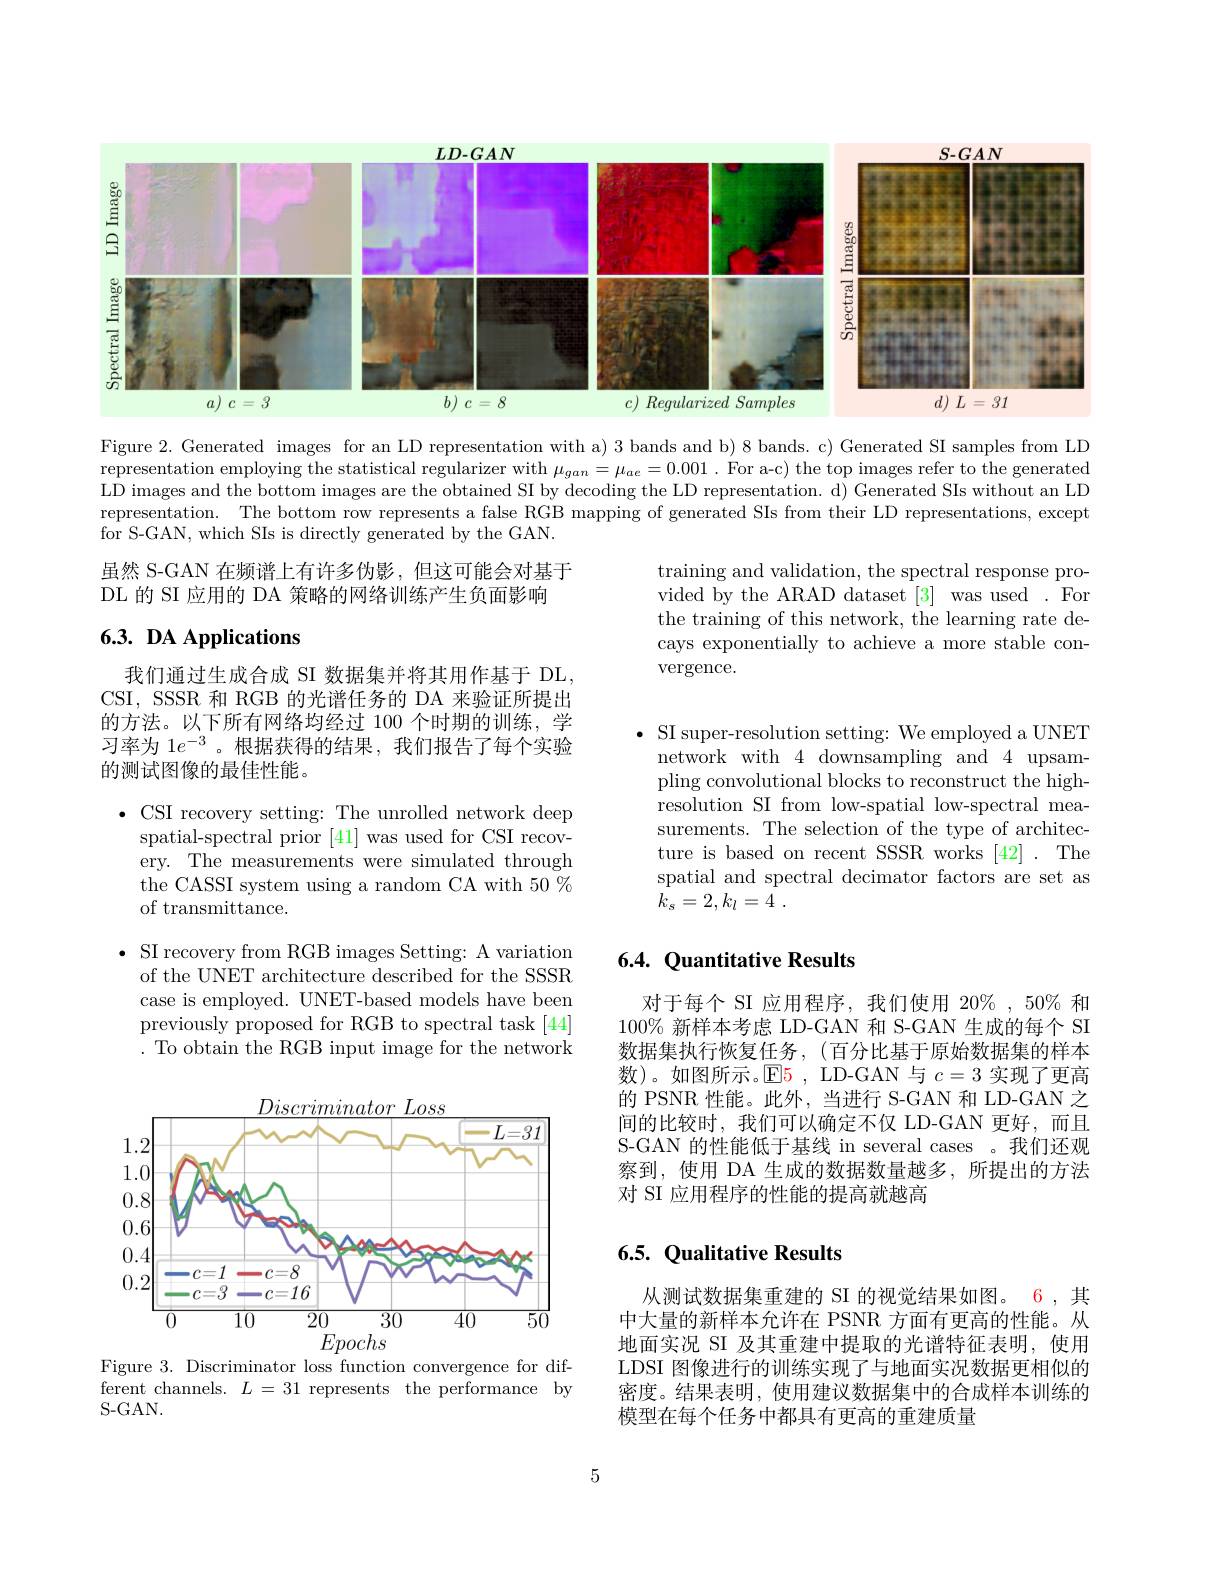
<FigureHere>

Figure 2. Generated images for an LD representation with a) 3 bands and b) 8 bands. c) Generated SI samples from LD representation employing the statistical regularizer with $\mu_{gan}=\mu_{ae}=0.001.$ For a-c) the top images refer to the generated LD images and the bottom images are the obtained SI by decoding the LD representation. d) Generated SIs without an LD representation. The bottom row represents a false RGB mapping of generated SIs from their LD representations, except for S- GAN, which SIs is directly generated by the GAN.

虽然 S-GAN 在频谱上有许多伪影，但这可能会对基于
DL 的 SI 应用的 DA 策略的网络训练产生负面影响

training and validation, the spectral response provided by the ARAD dataset [3] was used . For the training of this network, the learning rate decays exponentially to achieve a more stable convergence.

## 6.3. DA Applications

我们通过生成合成 SI 数据集并将其用作基于 DL, CSI, SSSR 和 RGB 的光谱任务的 DA 来验证所提出的方法。以下所有网络均经过 100 个时期的训练，学习率为 1$e^{-3}$。根据获得的结果，我们报告了每个实验的测试图像的最佳性能。

$\bullet$ SI super-resolution setting: We employed a UNET ${\mathrm{network~with~4~downsampling~and~4~upsam-}}$ pling convolutional blocks to reconstruct the highresolution SI from low-spatial low-spectral measurements. The selection of the type of architecture is based on recent SSSR works [42] . The spatial and spectral decimator factors are set as $k_s= 2, k_l= 4$ .

$\bullet$ CSI recovery setting: The unrolled network deep
spatial-spectral prior [41] was used for CSI recovery. The measurements were simulated through the CASSI system using a random CA with 50 % of transmittance.

# 6.4. Quantitative Results

$\bullet$ SI recovery from RGB images Setting: A variation
of the UNET architecture described for the SSSR case is employed. UNET-based models have been previously proposed for RGB to spectral task [44] . To obtain the RGB input image for the network

对于每个 SI 应用程序，我们使用 20% , 50% 和$100\%$新样本考虑 LD-GAN 和 S-GAN 生成的每个 SI 数据集执行恢复任务，(百分比基于原始数据集的样本数)。如图所示。$\color{red}{\operatorname*{E}}\color{red}{5}$, LD-GAN 与$c=3$实现了更高的 PSNR 性能。此外，当进行 S-GAN 和 LD-GAN 之间的比较时，我们可以确定不仅 LD-GAN 更好，而且S-GAN 的性能低于基线 in several cases 。我们还观察到，使用 DA 生成的数据数量越多，所提出的方法对 SI 应用程序的性能的提高就越高

<FigureHere>

## 6.5. Qualitative Results

从测试数据集重建的 SI 的视觉结果如图。6,其中大量的新样本允许在 PSNR 方面有更高的性能。从地面实况 SI 及其重建中提取的光谱特征表明，使用LDSI 图像进行的训练实现了与地面实况数据更相似的密度。结果表明，使用建议数据集中的合成样本训练的模型在每个任务中都具有更高的重建质量

Figure 3. Discriminator loss function convergence for different channels. $L=31$ represents the performance by S- GAN.

5